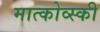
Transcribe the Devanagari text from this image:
मात्कोव्स्की